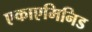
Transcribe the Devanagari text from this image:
एकाएमिनिड